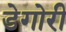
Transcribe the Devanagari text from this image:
डेगोरी